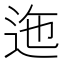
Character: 迤